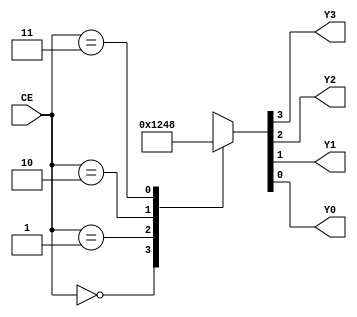
`timescale 1ns/1ns

module dec24( CE, Y3, Y2, Y1, Y0  );
input [1:0] CE;
output Y3, Y2, Y1, Y0;

reg Y3, Y2, Y1, Y0;

always @*
	case ( CE )
		0: {Y3, Y2, Y1, Y0} = 4'b0001;
		1: {Y3, Y2, Y1, Y0} = 4'b0010;
		2: {Y3, Y2, Y1, Y0} = 4'b0100;
		3: {Y3, Y2, Y1, Y0} = 4'b1000;
	endcase

endmodule